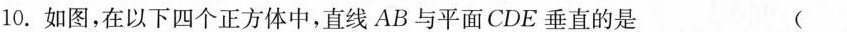
10.如图，在以下四个正方体中，直线AB与平面CDE垂直的是 （ ）